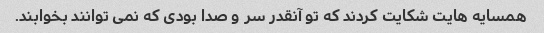
همسایه هایت شکایت کردند که تو آنقدر سر و صدا بودی که نمی توانند بخوابند.